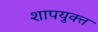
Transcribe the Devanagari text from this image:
शापयुक्‍त